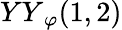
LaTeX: {YY}_{\varphi}(1,2)